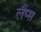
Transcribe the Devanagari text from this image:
लैंप्स